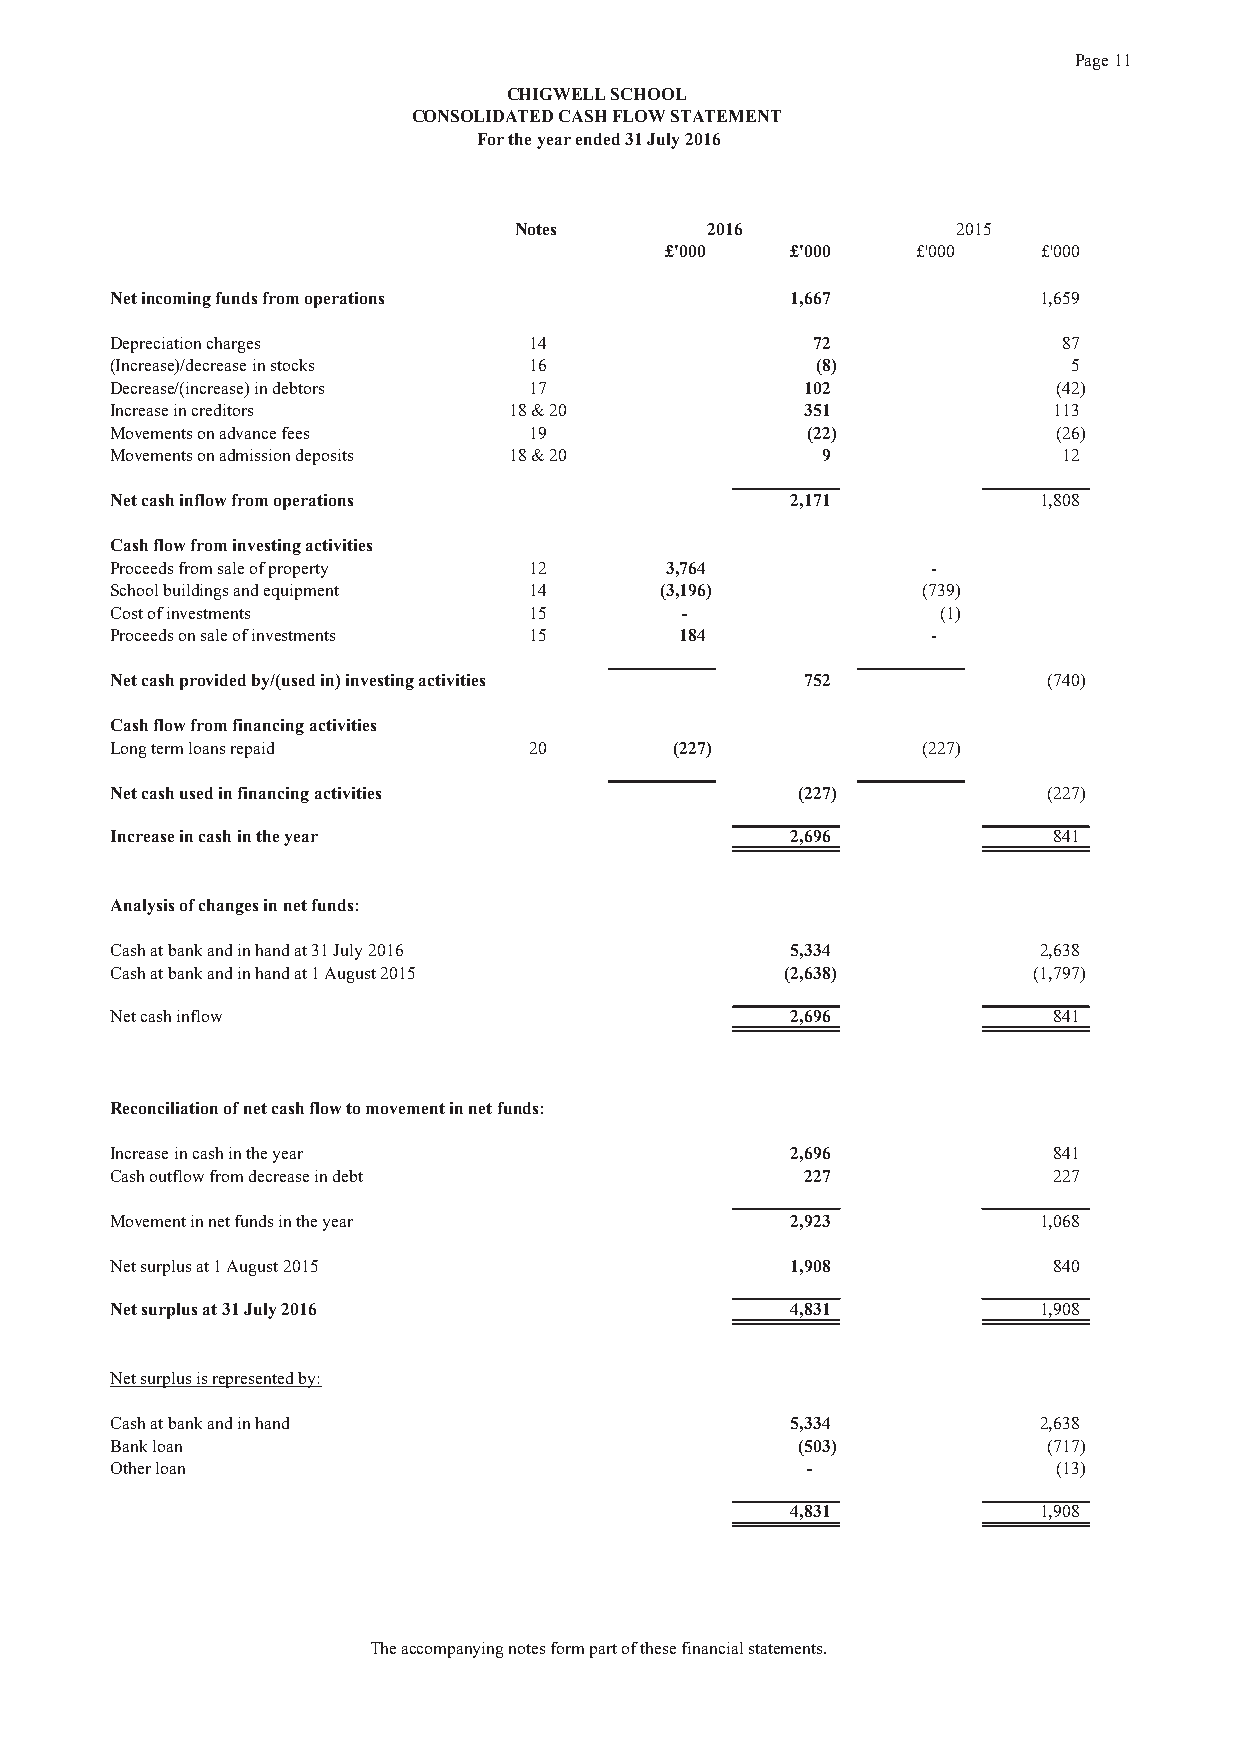
Page 11
 CHIGWELL SCHOOL
 CONSOLIDATED CASH FLOW STATEMENT
 For the year ended 31 July 2016
 Notes        2016            2015
 £'000   £'000    £'000   £'000
 Net incoming funds from operations           1,667            1,659
 Depreciation charges        14                 72              87
 (Increase)/decrease in stocks 16               (8)              5
 Decrease/(increase) in debtors 17             102              (42)
 Increase in creditors      18 & 20            351              113
 Movements on advance fees   19                (22)             (26)
 Movements on admission deposits 18 & 20        9               12
 Net cash inflow from operations              2,171            1,808
 Cash flow from investing activities
 Proceeds from sale of property 12    3,764             -
 School buildings and equipment 14    (3,196)          (739)
 Cost of investments         15        -                (1)
 Proceeds on sale of investments 15    184              -
 Net cash provided by/(used in) investing activities 752       (740)
 Cash flow from financing activities
 Long term loans repaid      20        (227)           (227)
 Net cash used in financing activities         (227)           (227)
 Increase in cash in the year                 2,696             841
 Analysis of changes in net funds:
 Cash at bank and in hand at 31 July 2016     5,334            2,638
 Cash at bank and in hand at 1 August 2015    (2,638)         (1,797)
 Net cash inflow                              2,696             841
 Reconciliation of net cash flow to movement in net funds:
 Increase in cash in the year                 2,696             841
 Cash outflow from decrease in debt            227              227
 Movement in net funds in the year            2,923            1,068
 Net surplus at 1 August 2015                 1,908             840
 Net surplus at 31 July 2016                  4,831            1,908
 Net surplus is represented by:
 Cash at bank and in hand                     5,334            2,638
 Bank loan                                     (503)           (717)
 Other loan                                    -                (13)
 4,831            1,908
 The accompanying notes form part of these financial statements.